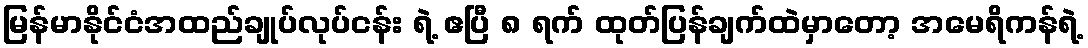
မြန်မာနိုင်ငံအထည်ချုပ်လုပ်ငန်း ရဲ့ ဧပြီ ၈ ရက် ထုတ်ပြန်ချက်ထဲမှာတော့ အမေရိကန်ရဲ့